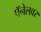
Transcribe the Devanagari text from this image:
पॅनेलवर